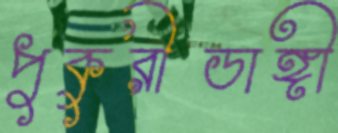
পুকুরীডাঙ্গী